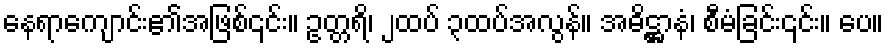
နေရာကျောင်း၏အဖြစ်၎င်း။ ဥတ္တရိ၊ ၂ထပ် ၃ထပ်အလွန်။ အဓိဋ္ဌာနံ၊ စီမံခြင်း၎င်း။ ပေ။